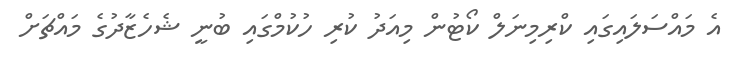
އެ މައްސަލައިގައި ކްރިމިނަލް ކޯޓުން މިއަދު ކުރި ހުކުމްގައި ބުނީ ޝެހެޒާދުގެ މައްޗަށް